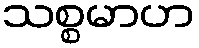
သစ္စမာဟ